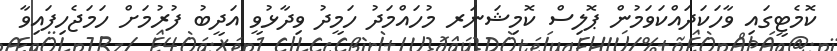
ކޮމެޓީގައި ވާހަކަދައްކަވަމުން ޕޮލިސް ކޮމިޝަނަރ މުހައްމަދު ހަމީދު ވިދާޅުވީ އަދީބު ފުރުމަށް ހަމަޖެހިފައިވާ